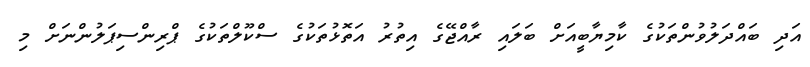
އަދި ބައްދަލުވުންތަކުގެ ކާމިޔާބީއަށް ބަލައި ރާއްޖޭގެ އިތުރު އަތޮޅުތަކުގެ ސްކޫލްތަކުގެ ޕްރިންސިޕަލުންނަށް މި